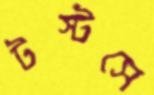
টস্‌টসে